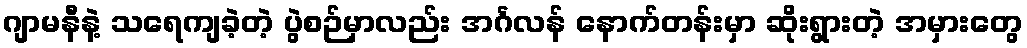
ဂျာမနီနဲ့ သရေကျခဲ့တဲ့ ပွဲစဉ်မှာလည်း အင်္ဂလန် နောက်တန်းမှာ ဆိုးရွားတဲ့ အမှားတွေ